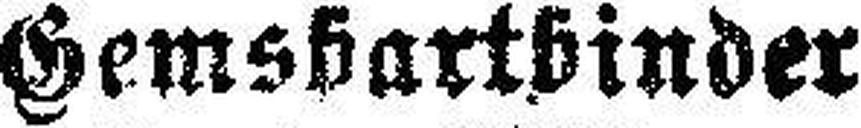
Gemsbartbinder